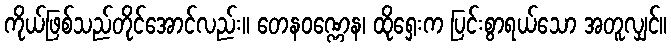
ကိုယ်ဖြစ်သည်တိုင်အောင်လည်း။ တေနဝဏ္ဏေန၊ ထိုရှေးက ပြင်းစွာရယ်သော အတူလျှင်။